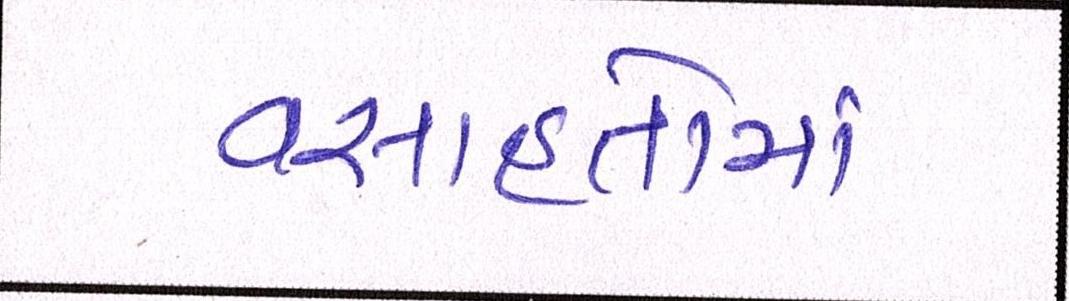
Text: વસાહતોમાં